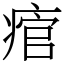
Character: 痯